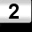
Digit: 2